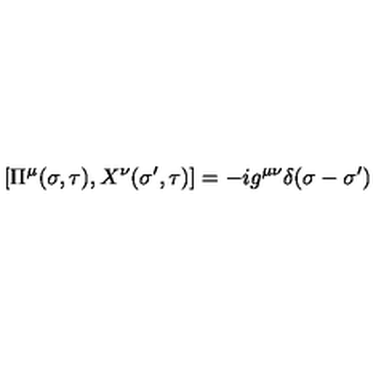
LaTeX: \left[ \Pi ^ { \mu } ( \sigma , \tau ) , X ^ { \nu } ( \sigma ^ { \prime } , \tau ) \right] = - i g ^ { \mu \nu } \delta ( \sigma - \sigma ^ { \prime } )